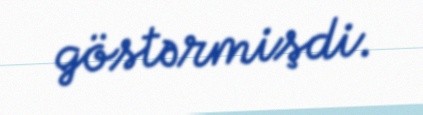
göstərmişdi.